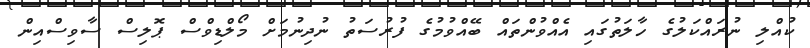
ކުއްލި ނުރައްކަލުގެ ހާލަތުގައި އެއްވުންތައް ބޭއްވުމުގެ ފުރުސަތު ނުދިނުމަށް މޯލްޑިވްސް ޕޮލިސް ސާވިސްއިން